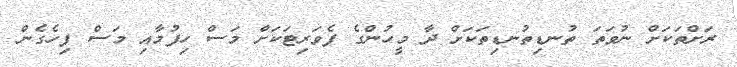
ރަށްތަކަށް ނުވަތަ ތުނޑިތުނޑިތަކަށް ދާ މީހުންގެ ފެވަރިޓަކަށް މަސް ހިފުމާއި މަސް ފިހެގެން